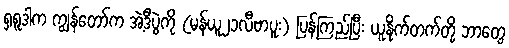
ရှရူဒါက ကျွန်တော်က အဲ့ဒီပွဲကို (မန်ယူ၂၁လီဗာပူး) ပြန်ကြည့်ပြီး ယူနိုက်တက်တို့ ဘာတွေ